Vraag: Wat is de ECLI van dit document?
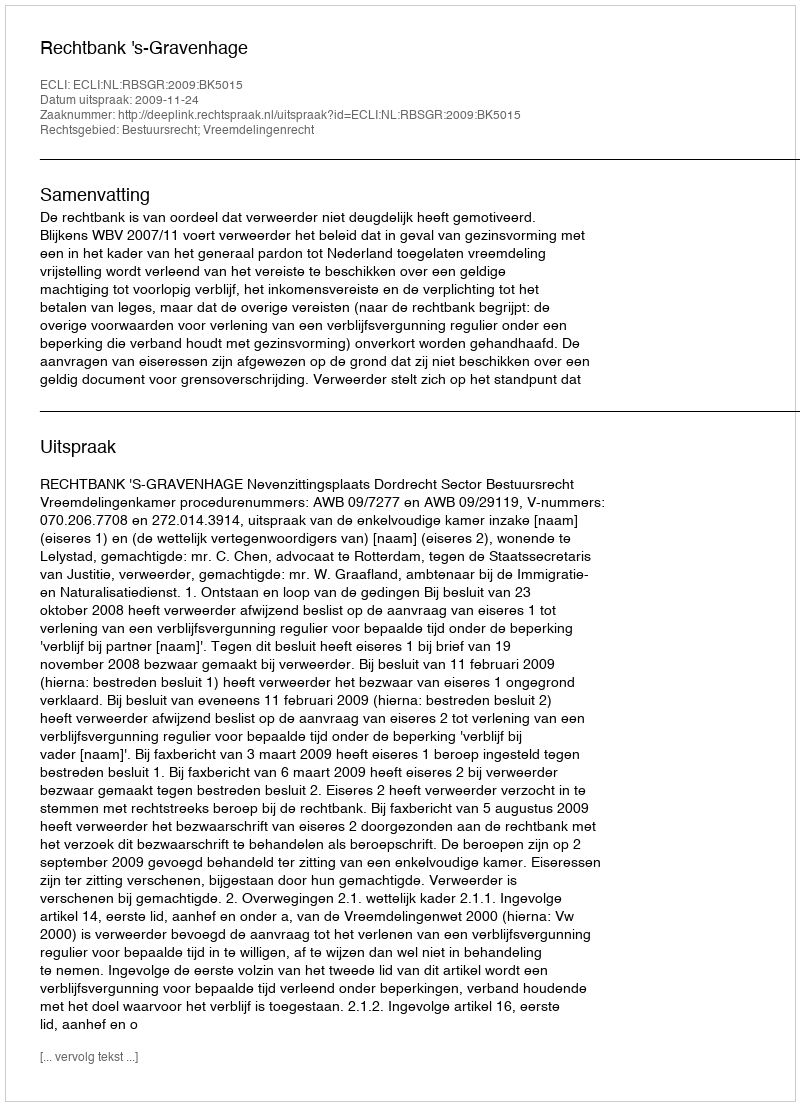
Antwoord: ECLI:NL:RBSGR:2009:BK5015